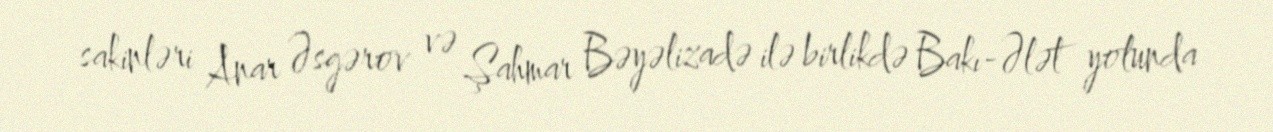
sakinləri Anar Əsgərov və Şahmar Bəyəlizadə ilə birlikdə Bakı-Ələt yolunda